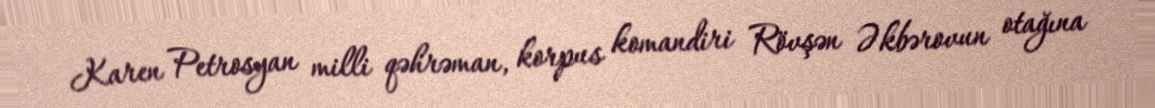
Karen Petrosyan milli qəhrəman, korpus komandiri Rövşən Əkbərovun otağına